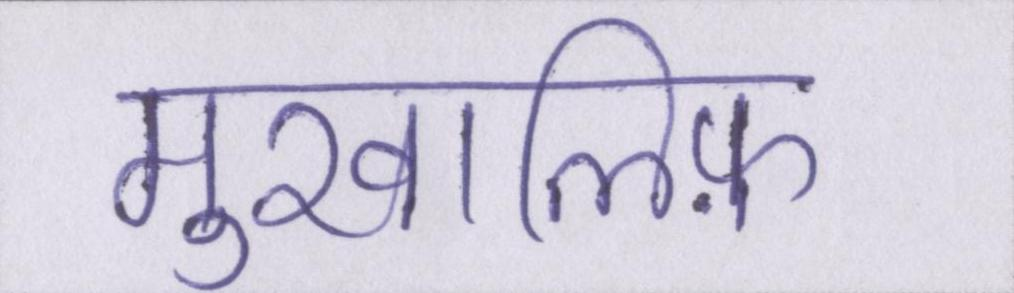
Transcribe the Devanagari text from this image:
मुखालिफ़